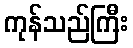
ကုန်သည်ကြီး